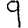
Digit: 9